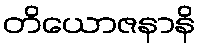
တိယောဇနာနိ